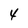
Character: 4